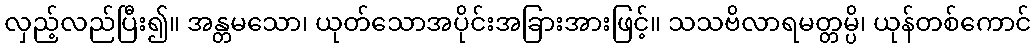
လှည့်လည်ပြီး၍။ အန္တမသော၊ ယုတ်သောအပိုင်းအခြားအားဖြင့်။ သသဗိလာရမတ္တမ္ပိ၊ ယုန်တစ်ကောင်